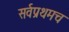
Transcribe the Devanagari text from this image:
सर्वप्रथमच